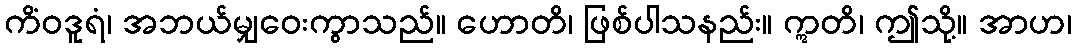
ကိံဝဒူရံ၊ အဘယ်မျှဝေးကွာသည်။ ဟောတိ၊ ဖြစ်ပါသနည်း။ ဣတိ၊ ဤသို့။ အာဟ၊